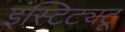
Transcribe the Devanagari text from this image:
इंस्टिट्यटू